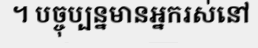
។ បច្ចុប្បន្នមានអ្នករស់នៅ